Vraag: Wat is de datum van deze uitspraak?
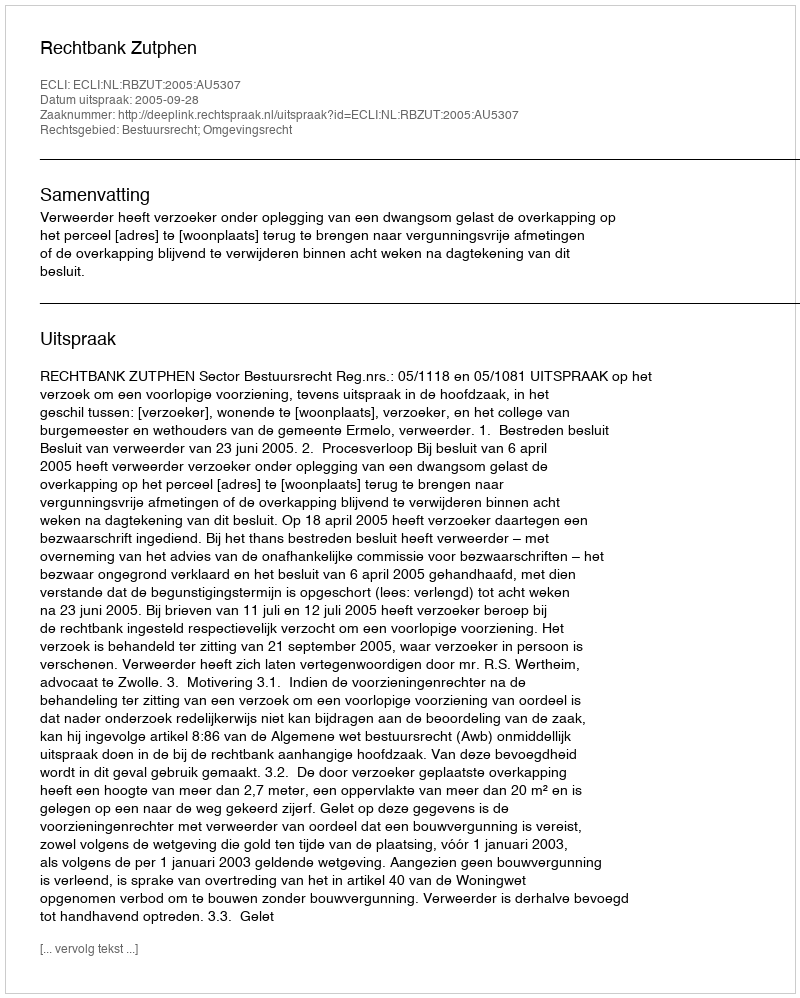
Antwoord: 2005-09-28